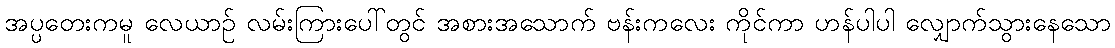
အပ္ပတေးကမူ လေယာဉ် လမ်းကြားပေါ်တွင် အစားအသောက် ဗန်းကလေး ကိုင်ကာ ဟန်ပါပါ လျှောက်သွားနေသော